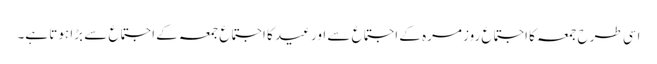
اسی طرح جمعہ کا اجتماع روز مرہ کے اجتماع سے اور عید کا اجتماع جمعہ کے اجتماع سے بڑا ہوتا ہے۔